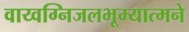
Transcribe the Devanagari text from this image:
वाय्वग्निजलभूम्यात्मने